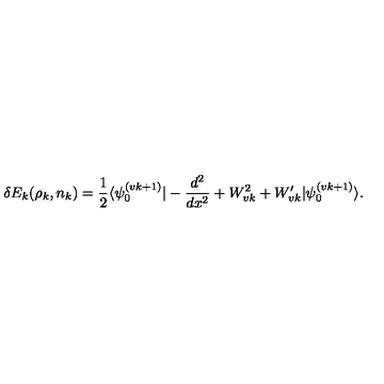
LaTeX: \delta E _ { k } ( \rho _ { k } , n _ { k } ) = \frac { 1 } { 2 } \langle \psi _ { 0 } ^ { ( v k + 1 ) } | - \frac { d ^ { 2 } } { d x ^ { 2 } } + W _ { v k } ^ { 2 } + W _ { v k } ^ { \prime } | \psi _ { 0 } ^ { ( v k + 1 ) } \rangle .